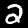
Digit: 2